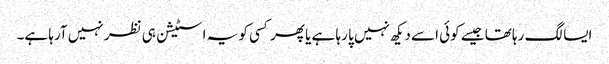
ایسا لگ رہا تھا جیسے کوئی اسے دیکھ نہیں پا رہا ہے یا پھر کسی کو یہ اسٹیشن ہی نظر نہیں آرہا ہے۔